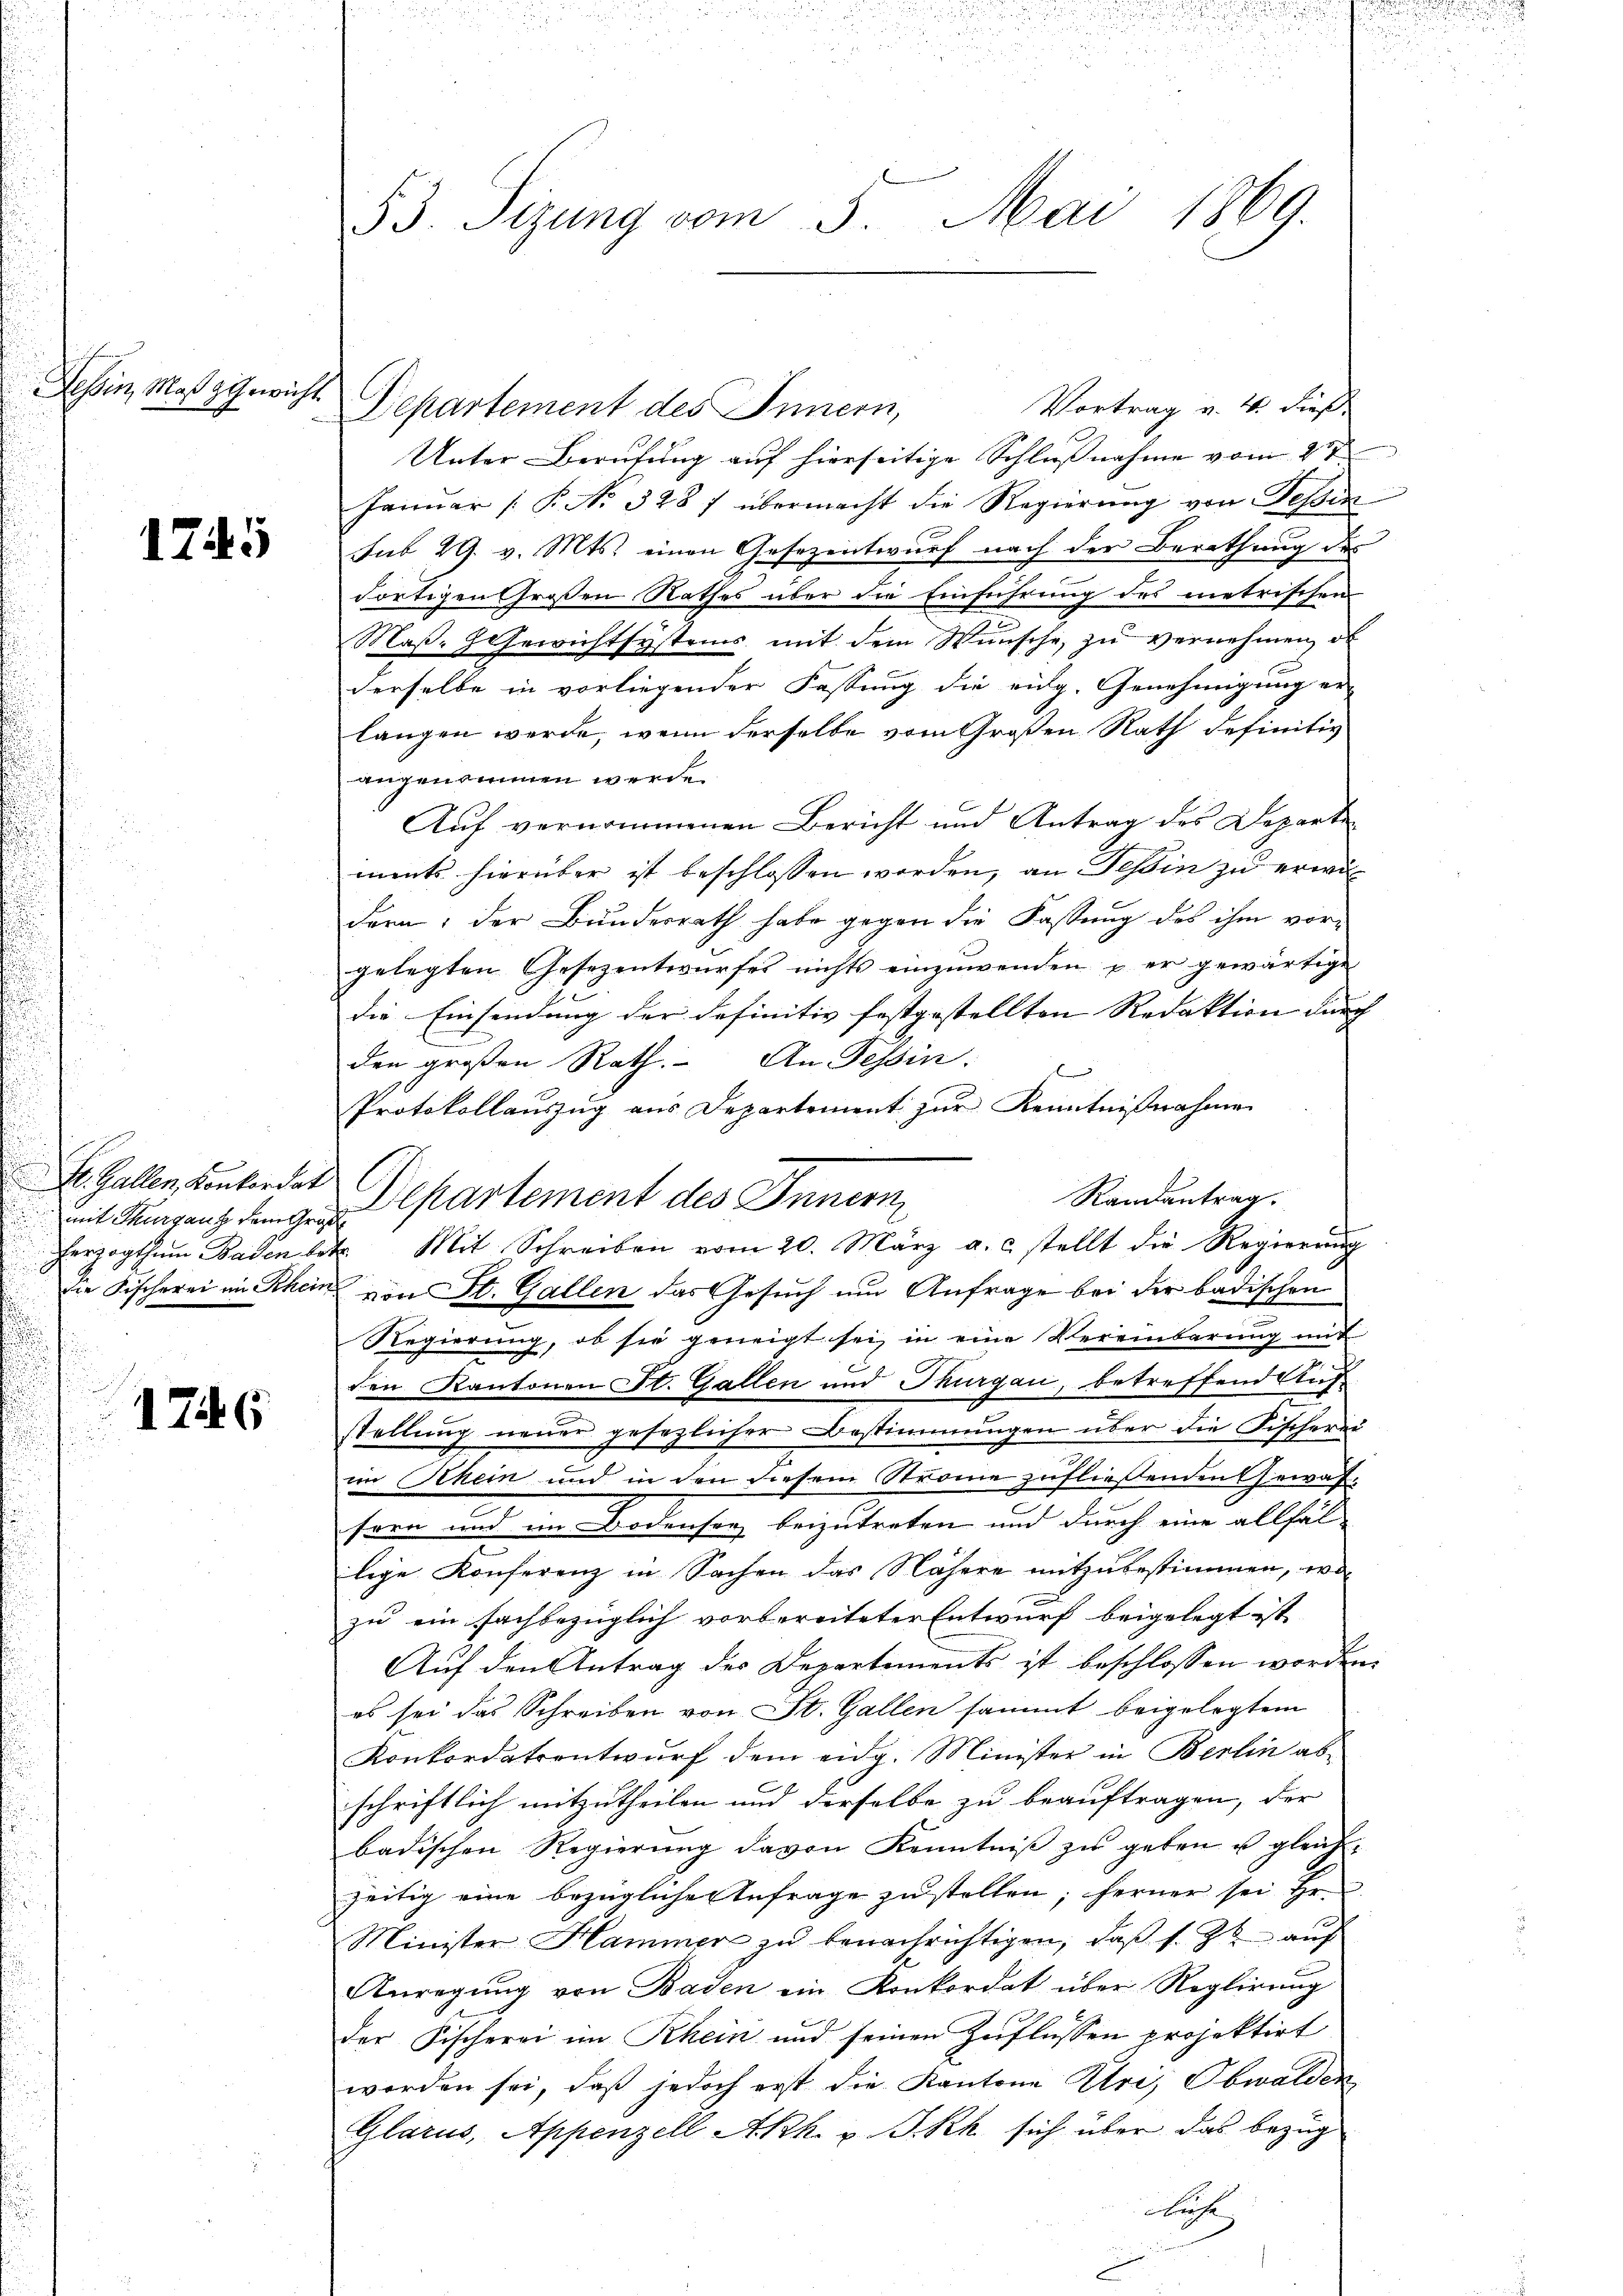
Tessin, Maß g Gewicht.

1745

Hr. Gallen, Konkordat

u
1746

53. Sizung vom 5. Mai 1869.

Vortrag u. 4. dieß
Departement des Innern,
Unter Berufung auf hierseitige Schlußnahme vom 21ten
Janŭar P. No. 328 f übermacht die Regierŭng von Tessin
sub 29. v. Mts. einen Gesezentwurf nach der Berathung des
dortigen Großen Rathes über die Einführung des metrischen
Maß- Gewichtsystems mit dem Wünsche zu vernehmen, ob
derselbe in vorliegender Fassung die eidg. Genehmigung er-
langen werde, wenn derselbe vom Großen Rath definitiv
angenommen werde.
Auf vernommenen Bericht und Antrag des Departe
iments hierüber ist beschlossen worden, an Tessin zu erwi
dern; der Bundesrath habe gegen die Fassung des ihm vor-
gelegten Gesezentwurfes nichts einzuwenden u er gewärtige
die Einsendung der definitiv festgestellten Redaktion durch |
den großen Rath. An Tessin.
Protokollauszug aus Departement zŭr Kenntnißnahmen
Randantrag.
mit Stundenz de partement des Innern
erzogthum Baden betr. Mit Schreiben vom 20. März a. c. stellt die Regierŭng
die Fischerei im Rhein von St. Gallen das Gesuch um Anfrage bei der badischen
Regierŭng, ob sie geneigt sei, in eine Vereinbarŭng mit
den Kantonen St. Gallen und Thurgau, betreffend Auf
stellŭng neuer gesezlicher Bestimmungen über die Fischerei
im Schein und in den diesem Strome zufließenden Gewäsforn und im Bodensee beizutreten und durch eine allfal-
lige Konferenz in Sachen das Nähere mitzubestimmen, wo
zu ein fachbezüglich vorbereiteter Entwurf beigelegt ist
Auf den Antrag des Departements ist beschlossen worden.
es sei das Schreiben von St. Gallen sammt beigelegtem
Konkordatsentwurf dem eidg. Minister in Berlin ab-
schriftlich mitzutheilen und derselbe zu beauftragen, der
badischen Regierung davon Kenntniß zu geben u gleich
zeitig eine bezügliche Anfrage zustellen; ferner sei Hr.
Minister Hammer zu benachrichtigen, daβ s. Z. auf
Anregung von Baden ein Konkordat über Reglirung
der Fischerei im Rhein und seinen Zuflüssen projektirt
worden sei, daß jedoch erst die Kantone Uri, Obwalden
Glarus, Appenzell Akk. v. J. Rh. sich über das bezüg
Lah

:
d